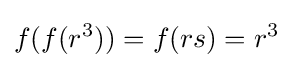
f(f(r^{3}))=f(rs)=r^{3}